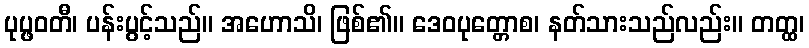
ပုပ္ဖဝတီ၊ ပန်းပွင့်သည်။ အဟောသိ၊ ဖြစ်၏။ ဒေဝပုတ္တောစ၊ နတ်သားသည်လည်း။ တတ္ထ၊